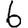
Digit: 6